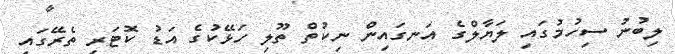
ލިބުނު ސިހުމުގައި ލަޔާލްގެ އަނގައިން ނިކުތް ތޫލި ހަޅޭކުގެ އަޑު ކޮޓަރި ތެރޭގައި